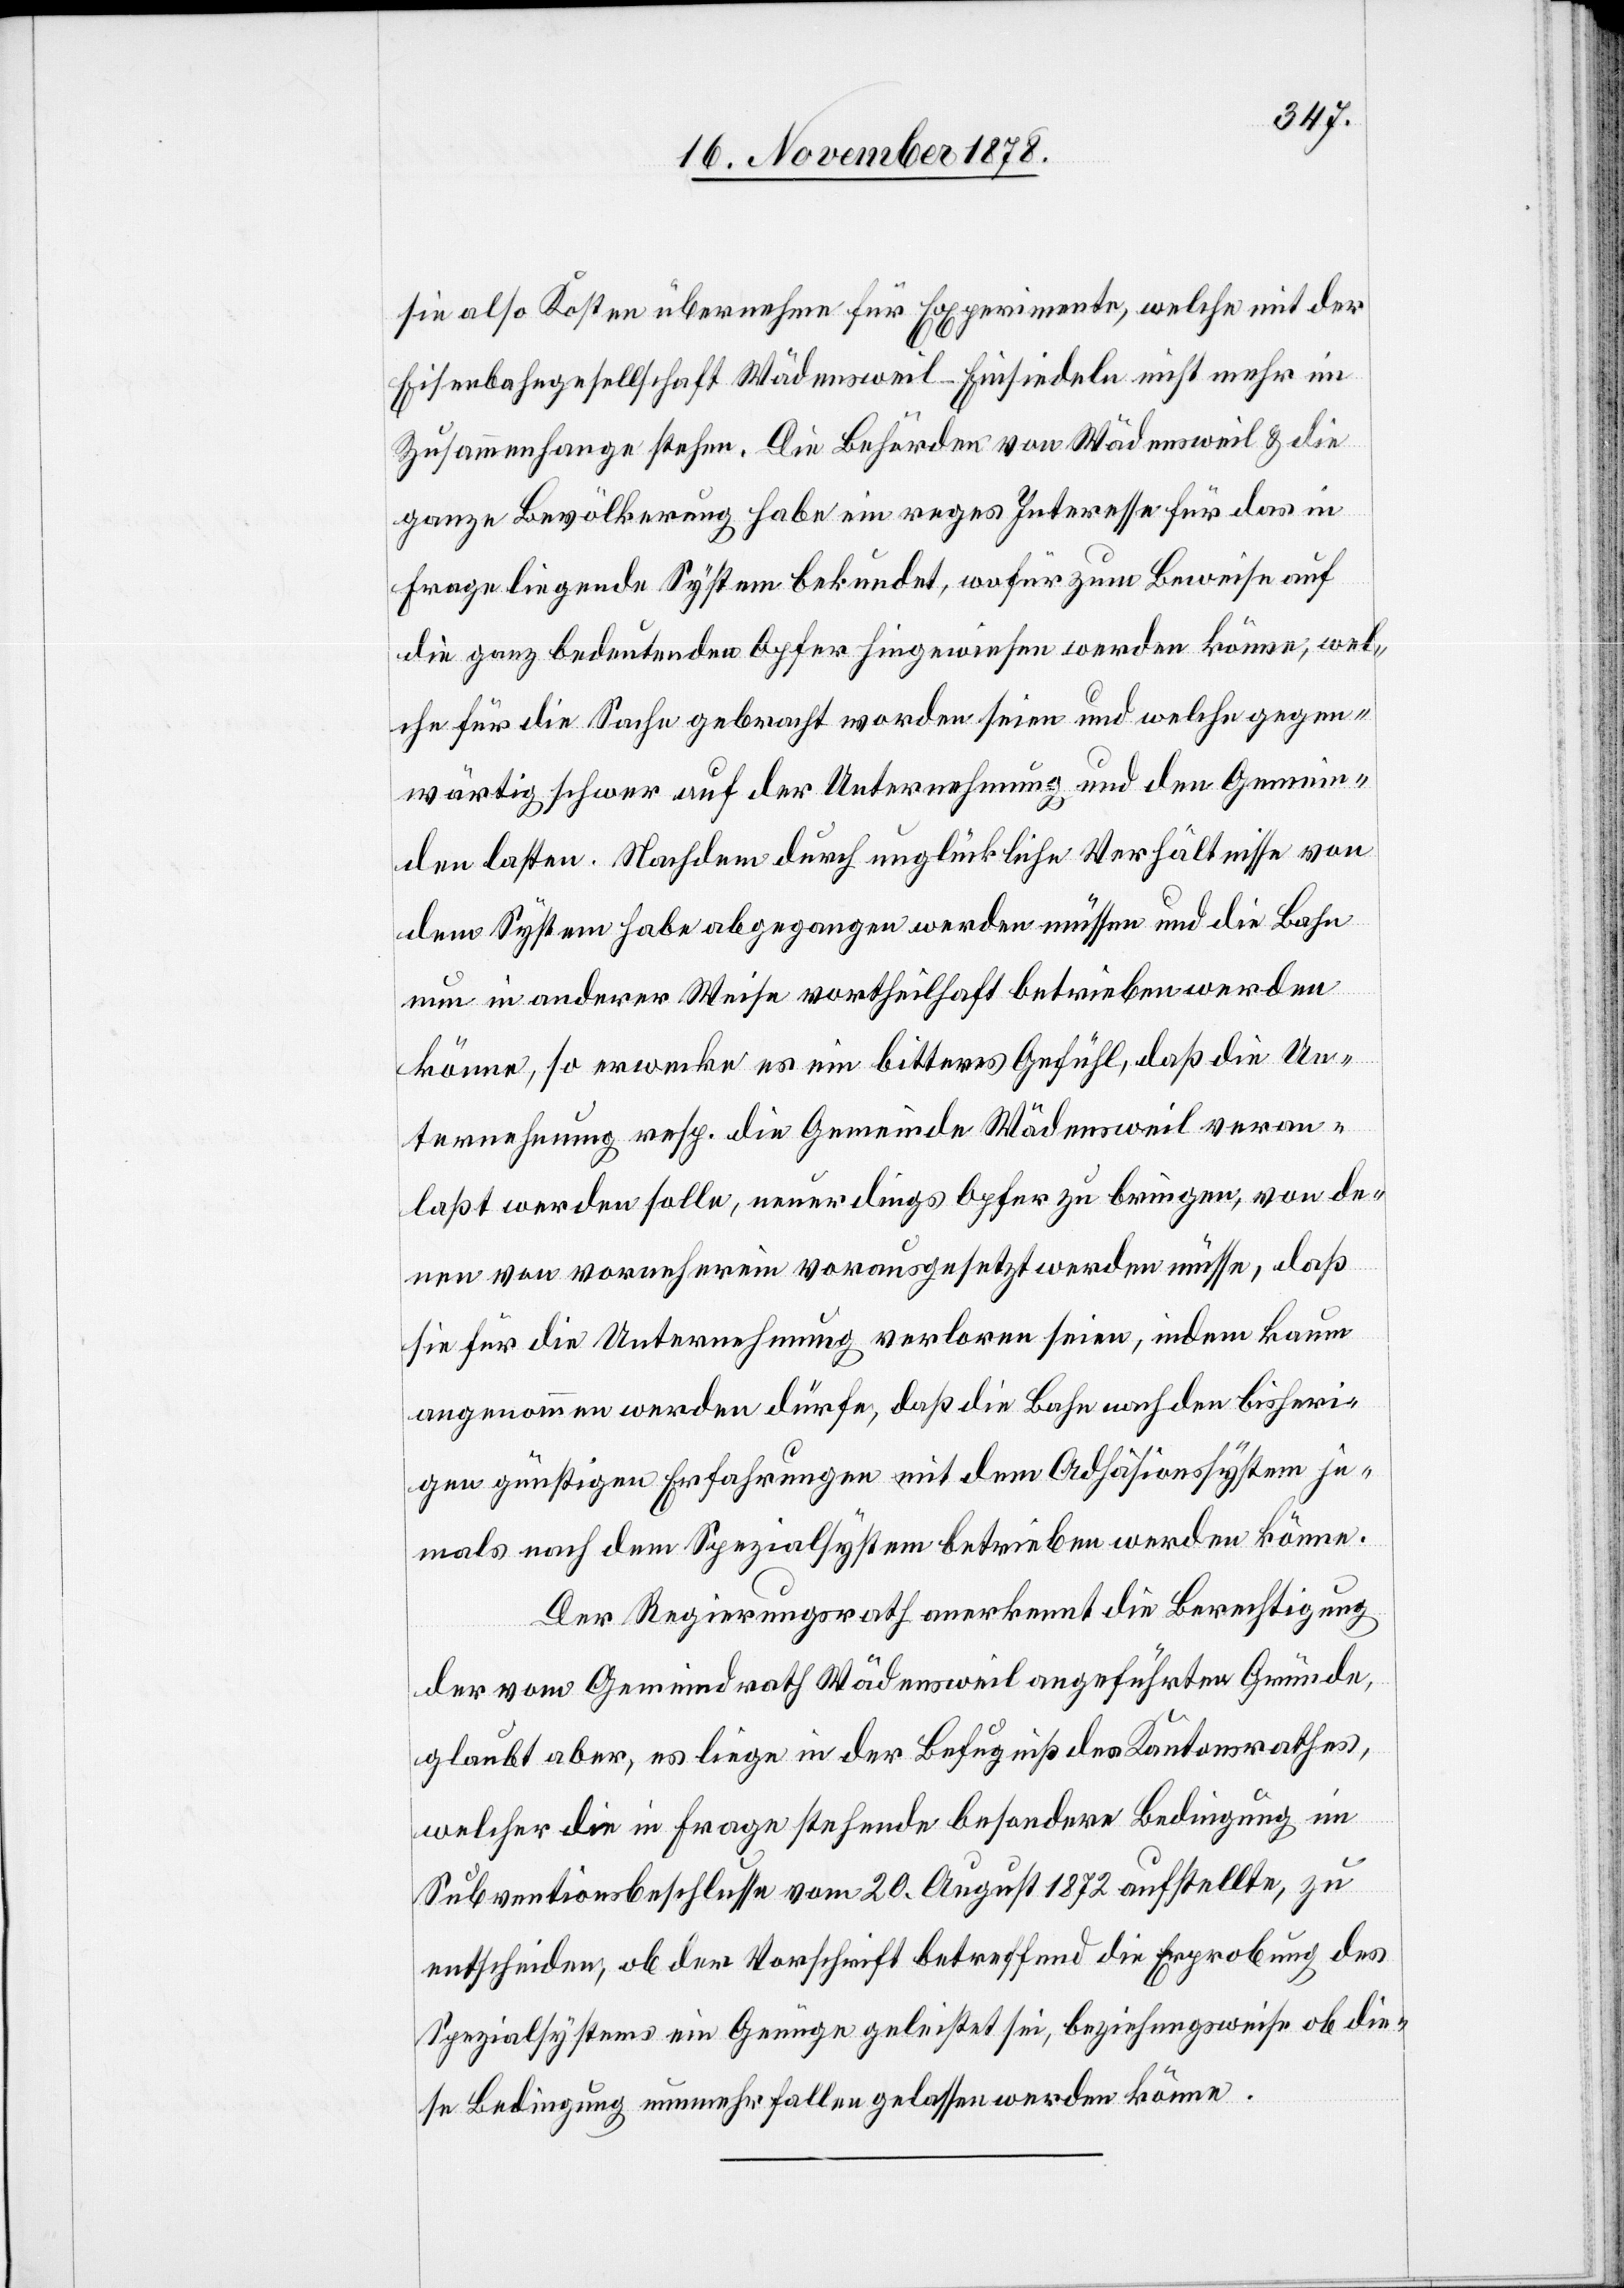
sie also Kosten übernehme für Experimente, welche mit der
Eisenbahngesellschaft Wädensweil–Einsiedeln nicht mehr im
Zusammenhange stehen. Die Behörden von Wädensweil & die
ganze Bevölkerung habe ein reges Interesse für das in
Frage liegende System bekundet, wofür zum Beweise auf
die ganz bedeutenden Opfer hingewiesen werden könne; wel¬
che für die Sache gebracht worden seien und welche gegen¬
wärtig schwer auf der Unternehmung und den Gemein¬
den lasten. Nachdem durch unglückliche Verhältnisse von
dem System habe abgegangen werden müssen und die Bahn
nun in anderer Weise vortheilhaft betrieben werden
könne, so erwecke es ein bitteres Gefühl, daß die Un¬
ternehmung resp. die Gemeinde Wädensweil veran¬
laßt werden solle, neuerdings Opfer zu bringen, von de¬
nen von vornherein vorausgesetzt werden müsse, daß
sie für die Unternehmung verloren seien, indem kaum
angenommen werden dürfe, daß die Bahn nach den bisheri¬
gen günstigen Erfahrungen mit dem Adhäsionssystem je¬
mals nach dem Spezialsystem betrieben werden könne.
Der Regierungsrath anerkennt die Berechtigung
der vom Gemeindrath Wädensweil angeführten Gründe,
glaubt aber, es liege in der Befugniß des Kantonsrathes,
welcher die in Frage stehende besondere Bedingung im
Subventionsbeschlusse vom 20. August 1872 aufstellte, zu
entscheiden, ob der Vorschrift betreffend die Erprobung des
Spezialsystems ein Genüge geleistet sei, beziehungsweise ob die¬
se Bedingung nunmehr fallen gelassen werden könne.